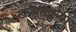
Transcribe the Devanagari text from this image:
खर्‍याखुर्‍या